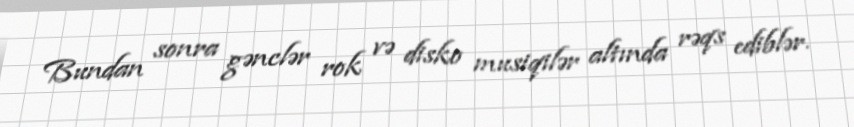
Bundan sonra gənclər rok və disko musiqilər altında rəqs ediblər.